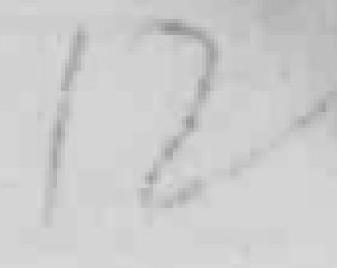
12